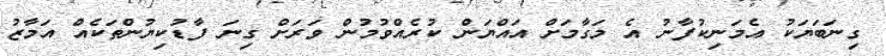
ގިނަބަޔަކު އެމަނިކުފާނު އެ މަގާމަށް އައްޔަން ކުރެއްވުމުން ވަރަށް ގިނަ ފާޑުކިޔުންތަކެއް އަމާޒު